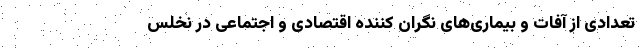
تعدادی از آفات و بیماری‌های نگران کننده اقتصادی و اجتماعی در نخلس